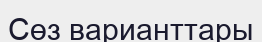
Сөз варианттары